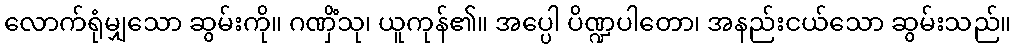
လောက်ရုံမျှသော ဆွမ်းကို။ ဂဏှိံသု၊ ယူကုန်၏။ အပ္ပေါ ပိဏ္ဍပါတော၊ အနည်းငယ်သော ဆွမ်းသည်။